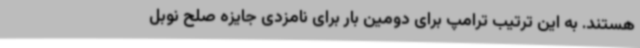
هستند. به این ترتیب ترامپ برای دومین بار برای نامزدی جایزه صلح نوبل